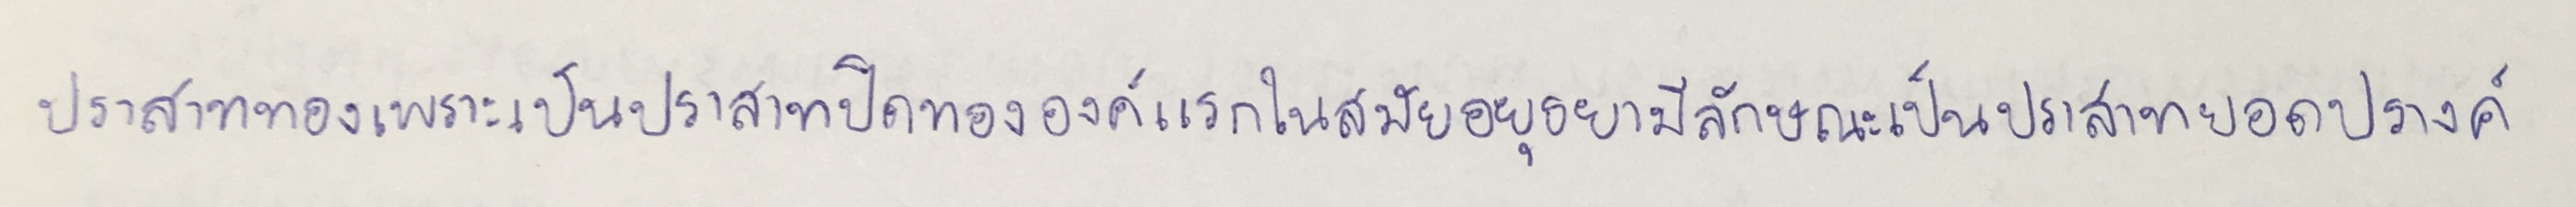
ปราสาททองเพราะเป็นปราสาทปิดทององค์แรกในสมัยอยุธยามีลักษณะเป็นปราสาทยอดปรางค์